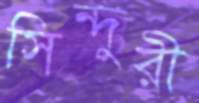
সিন্দুরী